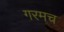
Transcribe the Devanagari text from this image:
गरमच